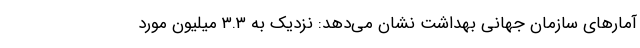
آمارهای سازمان جهانی بهداشت نشان می‌دهد: نزدیک به ۳.۳ میلیون مورد